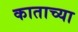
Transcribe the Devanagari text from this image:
काताच्या